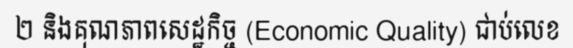
២ និងគុណភាពសេដ្ឋកិច្ច (Economic Quality) ជាប់លេខ